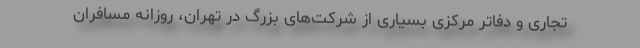
تجاری و دفاتر مرکزی بسیاری از شرکت‌های بزرگ در تهران، روزانه مسافران